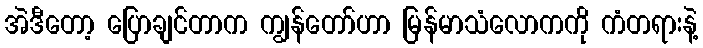
အဲဒီတော့ ပြောချင်တာက ကျွန်တော်ဟာ မြန်မာသံလောကကို ကံတရားနဲ့